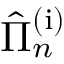
\hat { \Pi } _ { n } ^ { \mathrm { ( i ) } }